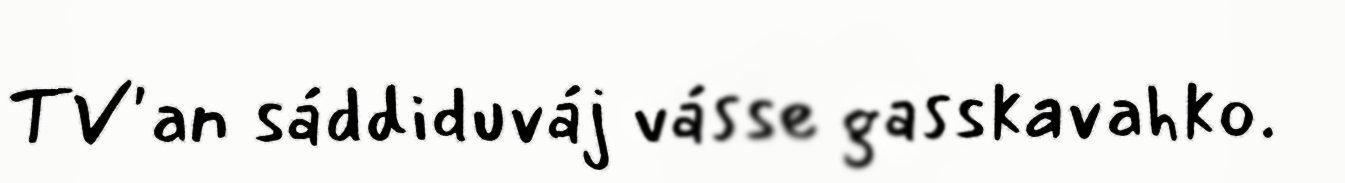
TV'an sáddiduváj vásse gasskavahko.